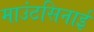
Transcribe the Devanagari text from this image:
माउंटसिनाई